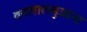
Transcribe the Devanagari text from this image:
वनलालमुआना